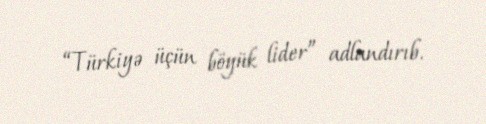
“Türkiyə üçün böyük lider” adlandırıb.